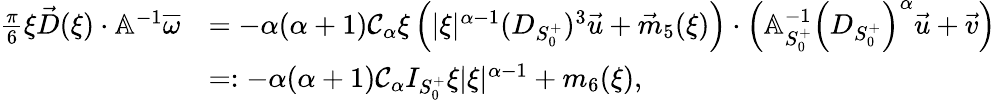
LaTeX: \begin{array}{rl}{\frac{\pi}6\xi\vec{D}(\xi)\cdot\mathbb{A}^{-1}\overline{{\omega}}}&{=-{\alpha(\alpha+1)\mathcal{C}_{\alpha}}\xi\left(|\xi|^{\alpha-1}(D_{S_{0}^{+}})^{3}\vec{u}+\vec{m}_{5}(\xi)\right)\cdot\left(\mathbb{A}_{S_{0}^{+}}^{-1}\left(D_{S_{0}^{+}}\right)^{\alpha}\vec{u}+\vec{v}\right)}\\ &{=:-\alpha(\alpha+1)\mathcal{C}_{\alpha}I_{S_{0}^{+}}\xi|\xi|^{\alpha-1}+m_{6}(\xi),}\end{array}